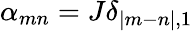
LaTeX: \alpha_{mn}=J\delta_{|m-n|,1}